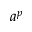
a ^ { p }